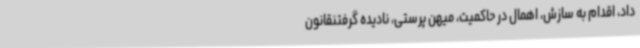
داد، اقدام به سازش، اهمال در حاکمیت، میهن پرستی، نادیده گرفتنقانون